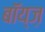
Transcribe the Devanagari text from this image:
बॉय्ज़